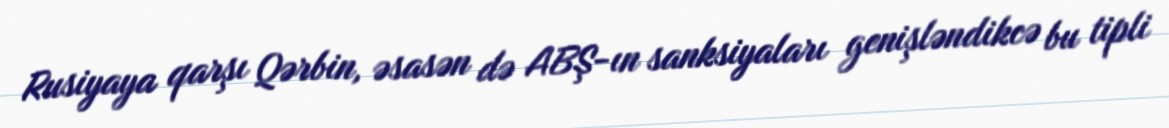
Rusiyaya qarşı Qərbin, əsasən də ABŞ-ın sanksiyaları genişləndikcə bu tipli